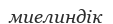
миелиндік